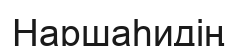
Наршаһидің